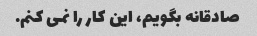
صادقانه بگویم، این کار را نمی کنم.